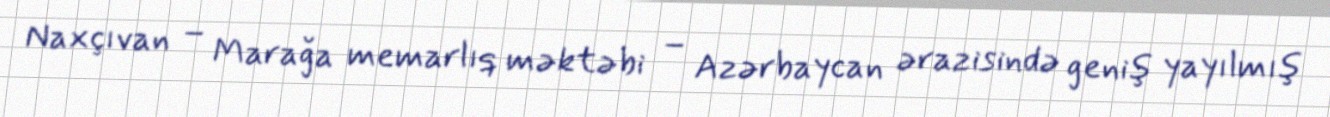
Naxçıvan – Marağa memarlıq məktəbi – Azərbaycan ərazisində geniş yayılmış